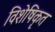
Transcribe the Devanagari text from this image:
विशेषिकृत